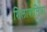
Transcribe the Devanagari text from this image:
शिलाबालिका